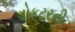
ડોકટરની